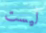
ليست